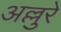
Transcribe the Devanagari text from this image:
अल्लुरे